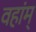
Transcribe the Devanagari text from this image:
वहांम्